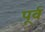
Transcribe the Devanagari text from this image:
पूर्व